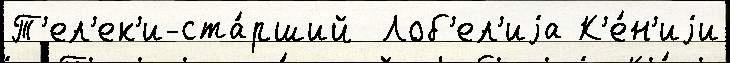
Т'ел'ек'и-ста́рший  Лоб'ел'иjа К'е́н'иjи